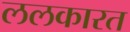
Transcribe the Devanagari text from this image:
ललकारत